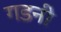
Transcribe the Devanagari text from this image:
गडनी